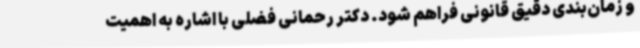
و زمان‌بندی دقیق قانونی فراهم شود. دکتر رحمانی فضلی با اشاره به اهمیت